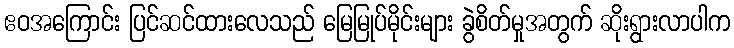
ဧဝအကြောင်း ပြင်ဆင်ထားလေသည် မြေမြုပ်မိုင်းများ ခွဲစိတ်မှုအတွက် ဆိုးရွားလာပါက